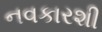
નવકારશી